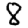
Digit: 8